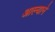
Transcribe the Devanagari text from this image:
आल्‍याने